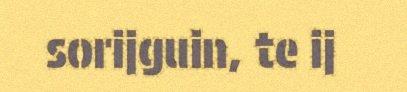
sorijguin, te ij